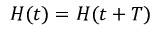
H ( t ) = H ( t + T )